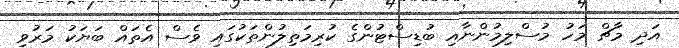
އަދި މާޗް މަހު މުސްލިމުންނާއި ބުޑިސްޓުންގެ ކުރިމަތިލުންތަކުގައި ވެސް އެތައް ބަޔަކު މަރުވި